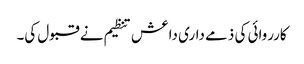
کارروائی کی ذمے داری داعش تنظیم نے قبول کی۔